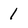
Character: 1